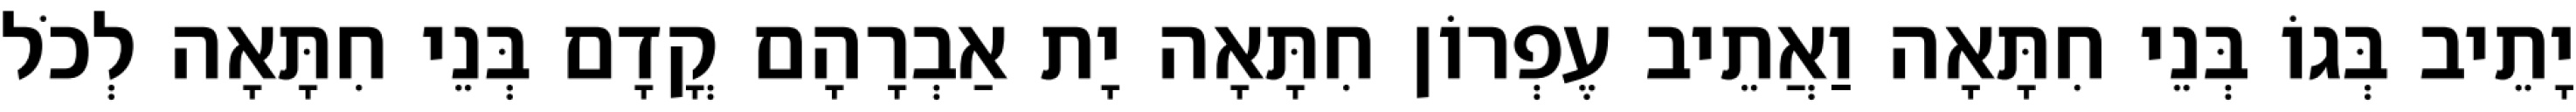
יָתֵיב בְּגוֹ בְּנֵי חִתָּאָה וַאֲתֵיב עֶפְרוֹן חִתָּאָה יָת אַבְרָהָם קֳדָם בְּנֵי חִתָּאָה לְכֹל